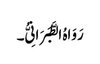
رَوَاہُ الطَّبَرَانِیُّ۔